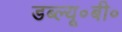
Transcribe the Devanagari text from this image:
डब्ल्यू॰बी॰